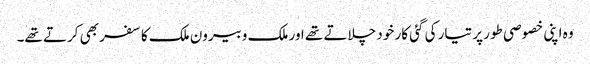
وہ اپنی خصوصی طور پر تیار کی گئی کار خود چلاتے تھے اور ملک وبیرون ملک کا سفر بھی کرتے تھے۔